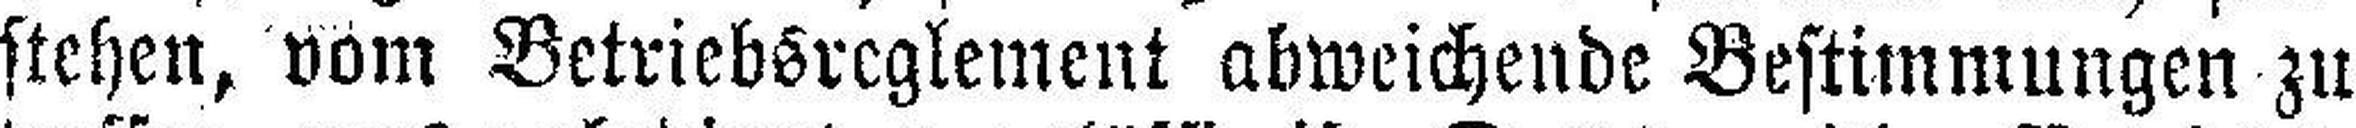
stehen, vom Betriebsreglement abweichende Bestimmungen zu